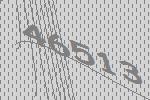
46513